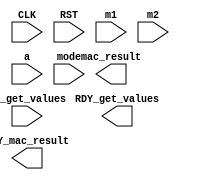
module mkMAC(
         input CLK,
	     input RST,

	     input [63:0] m1,
	     input [63:0] m2,
	     input [63:0] a,
	     input [1:0] mode,
	     input EN_get_values,
	     output RDY_get_values,

	     output [127:0] mac_result,
	     output RDY_mac_result);



endmodule